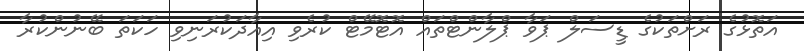
އަތޮޅުގެ ރަށްތަކުގެ ޑީސަލް ޕަވާ ޕްލާންޓްތައް އޮޓޮމޭޓް ކުރެވި އިއާދަކުރަނިވި ހަކަތަ ބޭނުންކުރާ